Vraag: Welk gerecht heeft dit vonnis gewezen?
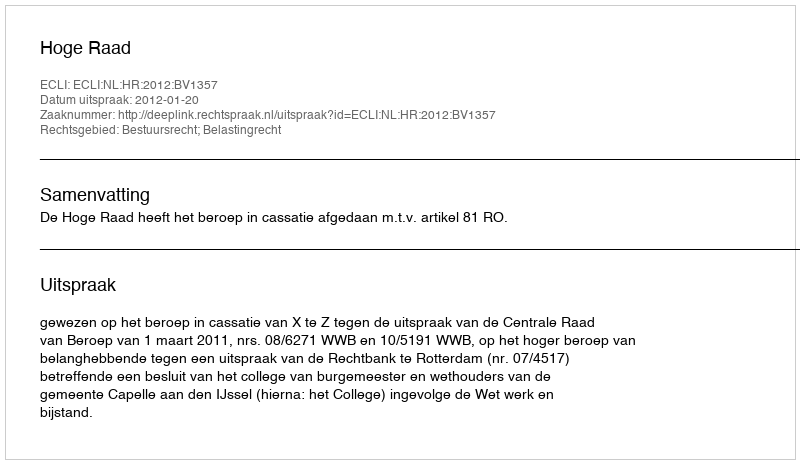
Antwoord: Hoge Raad